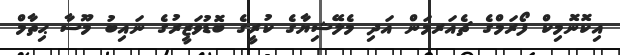
އިކޮނޮމިކް ފޯރަމްގެ ޗެއަރމަން އަދި މެލޭޝިޔާގެ ކުރީގެ ބޮޑުވަޒީރުގެ ނައިބު މޫސާ ޙިތާމް